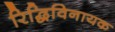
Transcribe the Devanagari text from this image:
रिद्धिविनायक